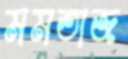
মমতাজ